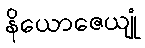
နိယောဇေယျုံ